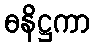
ဓနိဋ္ဌကာ